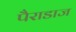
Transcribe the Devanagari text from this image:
पैराडाज